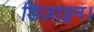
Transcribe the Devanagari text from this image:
डिज़ाइन।